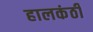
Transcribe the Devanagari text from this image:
हालकंठी